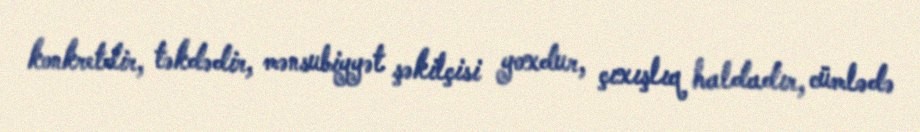
konkretdir, təkdədir, mənsubiyyət şəkilçisi yoxdur, çıxışlıq haldadır, cümlədə